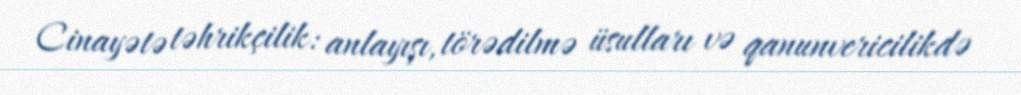
Cinayətə təhrikçilik: anlayışı, törədilmə üsulları və qanunvericilikdə